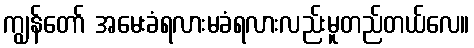
ကျွန်တော် အမေးခံရလားမခံရလားလည်းမူတည်တယ်လေ။